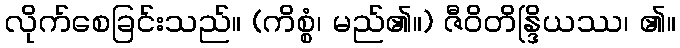
လိုက်စေခြင်းသည်။ (ကိစ္စံ၊ မည်၏။) ဇီဝိတိန္ဒြိယဿ၊ ၏။